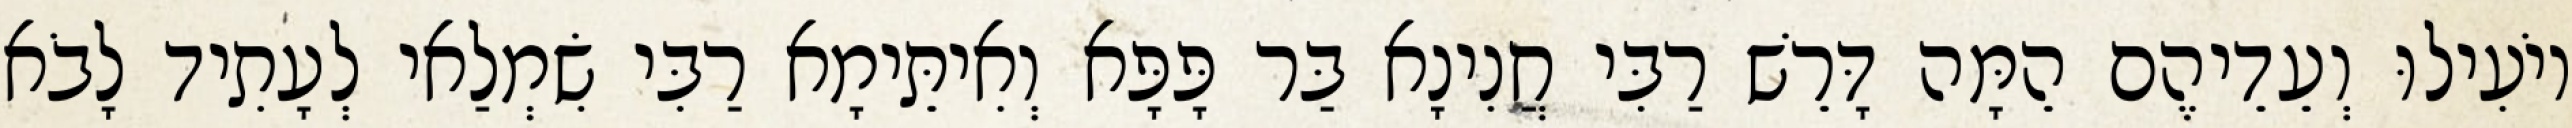
יוֹעִילוּ וְעֵדֵיהֶם הֵמָּה דָּרֵשׁ רַבִּי חֲנִינָא בַּר פָּפָּא וְאִיתֵּימָא רַבִּי שִׂמְלַאי לְעָתִיד לָבֹא